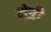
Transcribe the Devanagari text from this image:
मेत्री